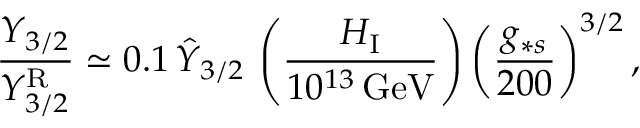
\frac { Y _ { 3 / 2 } } { Y _ { 3 / 2 } ^ { \mathrm { R } } } \simeq 0 . 1 \, \hat { Y } _ { 3 / 2 } \, \left( \frac { H _ { \mathrm { I } } } { 1 0 ^ { 1 3 } \, \mathrm { G e V } } \right) \left( \frac { g _ { \ast s } } { 2 0 0 } \right) ^ { 3 / 2 } ,